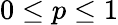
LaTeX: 0\leq p\leq 1